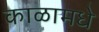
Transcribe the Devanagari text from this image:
काळामधे